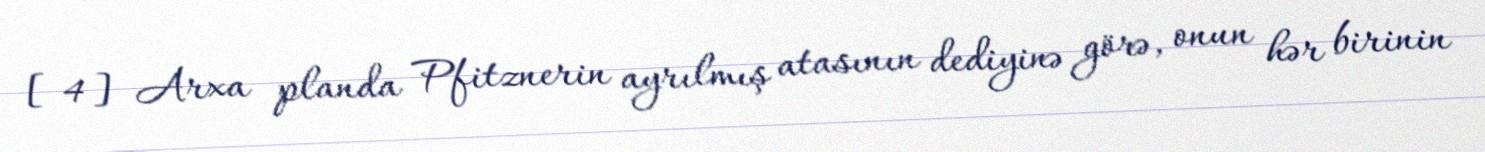
[4] Arxa planda Pfitznerin ayrılmış atasının dediyinə görə, onun hər birinin